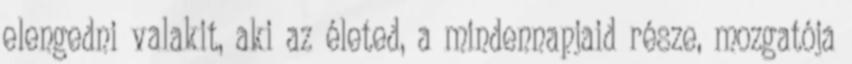
elengedni valakit, aki az életed, a mindennapjaid része, mozgatója